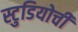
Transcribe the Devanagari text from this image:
स्टुडियोची